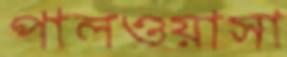
পালওয়াসা